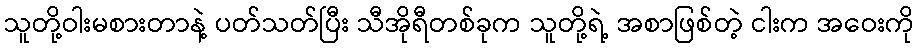
သူတို့ဝါးမစားတာနဲ့ ပတ်သတ်ပြီး သီအိုရီတစ်ခုက သူတို့ရဲ့ အစာဖြစ်တဲ့ ငါးက အဝေးကို